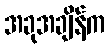
အခုအချိန်က